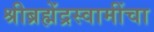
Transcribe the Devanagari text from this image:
श्रीब्रह्मेंद्रस्वामींचा